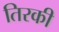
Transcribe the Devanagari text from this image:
तिरकी